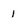
Character: l